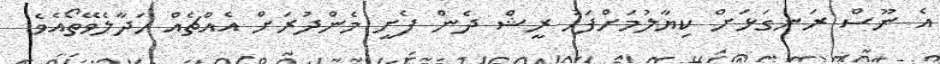
އެ ނޫސް ރަނގަޅަށް ކިޔާލުމަށްފަހު ރީޝް ދެން ފެށީ މެންދުރަށް އެއްޗެއް ހަދާލެވޭތޯއެވެ.